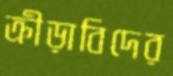
ক্রীড়াবিদের